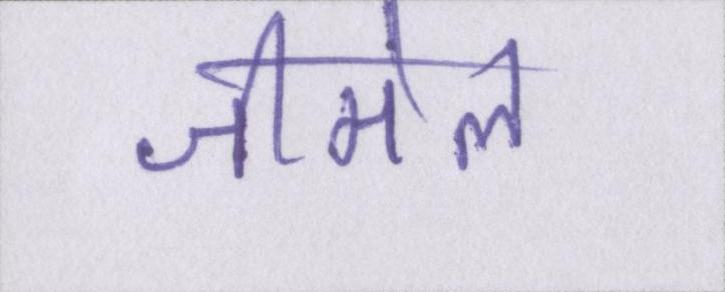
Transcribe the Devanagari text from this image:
जीमेल